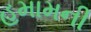
હમામની